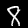
Digit: 8